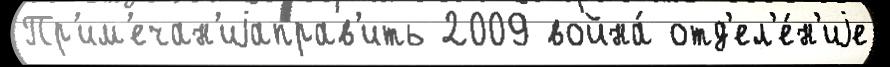
Пр'им'ечан'иjаправ'ить 2009 война́ отд'ел'е́н'иjе